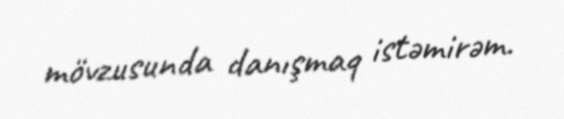
mövzusunda danışmaq istəmirəm.